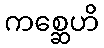
ကစ္ဆေဟိ